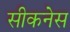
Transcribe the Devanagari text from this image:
सीकनेस